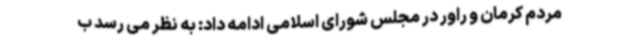
مردم کرمان و راور در مجلس شورای اسلامی ادامه داد: به نظر می رسد ب